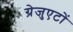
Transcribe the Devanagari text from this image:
ग्रेजुएटों